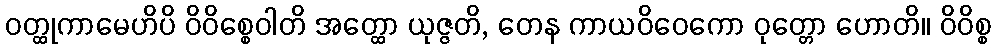
ဝတ္ထုကာမေဟိပိ ဝိဝိစ္စေဝါတိ အတ္ထော ယုဇ္ဇတိ, တေန ကာယဝိဝေကော ဝုတ္တော ဟောတိ။ ဝိဝိစ္စ